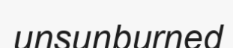
unsunburned